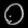
Digit: ၀